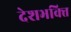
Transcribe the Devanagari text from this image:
देशभक्‍ित